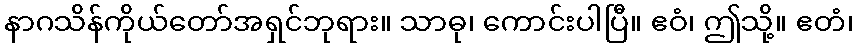
နာဂသိန်ကိုယ်တော်အရှင်ဘုရား။ သာဓု၊ ကောင်းပါပြီ။ ဧဝံ၊ ဤသို့။ ဧတံ၊